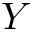
Y